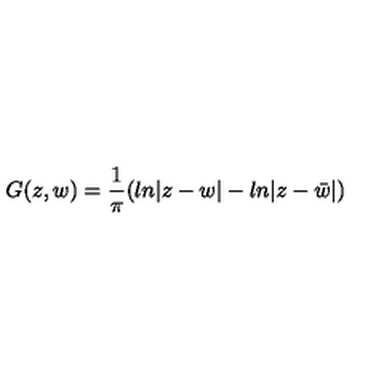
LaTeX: G ( z , w ) = { \frac { 1 } { \pi } } ( l n | z - w | - l n | z - \bar { w } | )